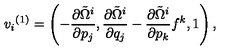
{ v _ { i } } ^ { ( 1 ) } = \left( - { \frac { \partial { \tilde { \Omega } } ^ { i } } { \partial p _ { j } } } , { \frac { \partial { \tilde { \Omega } } ^ { i } } { \partial q _ { j } } } - { \frac { \partial { \tilde { \Omega } } ^ { i } } { \partial p _ { k } } } f ^ { k } , 1 \right) ,